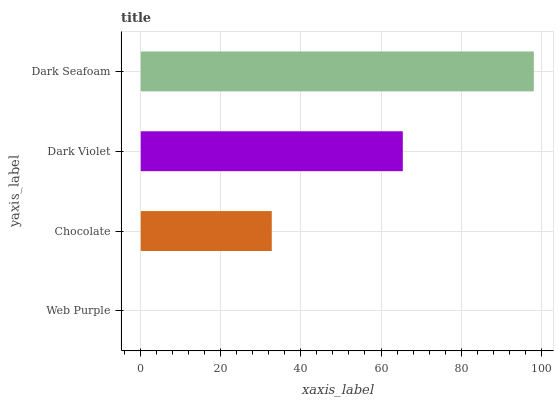
| yaxis_label | bars |
 | --- | --- |
 | Web Purple | 0 |
 | Chocolate | 32.7 |
 | Dark Violet | 65.4 |
 | Dark Seafoam | 98.2 |